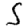
Digit: 5